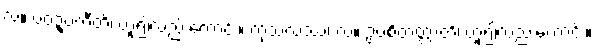
လ။ ပဝဍ္ဎတီတိ၊ ဟူ၍လည်းကောင်း။ ကုသလဿ၊ လ။ ဥပစိတတ္တာတိ၊ ဟူ၍လည်းကောင်း။